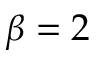
\beta = 2